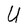
Character: U